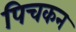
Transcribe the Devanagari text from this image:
पिचकन